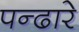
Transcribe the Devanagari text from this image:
पन्ढारे